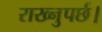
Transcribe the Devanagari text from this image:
राख्नुपर्छ।